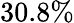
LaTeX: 30.8\%